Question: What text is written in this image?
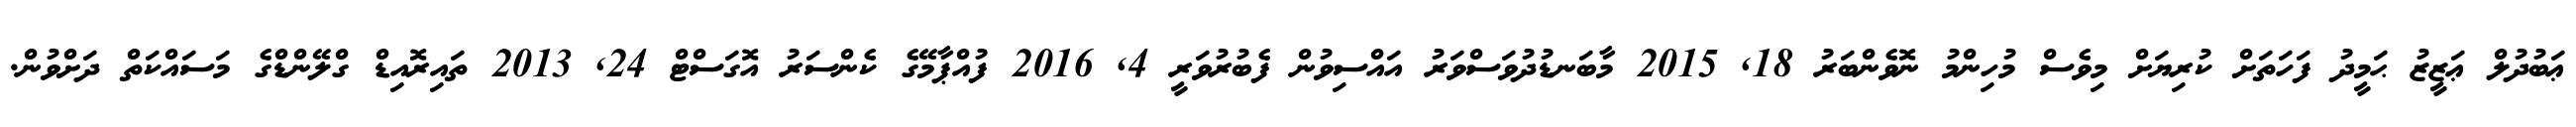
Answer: ޢަބުދުލް ޢަޒީޒު ޙަމީދު ފަހަތަށް ކުރިޔަށް މިވެސް މުހިންމު ނޮވެންބަރު 18, 2015 މާބަނޑުދުވަސްވަރު އައްސިވުން ފެބުރުވަރީ 4, 2016 ފުއްޕާމޭގެ ކެންސަރު އޮގަސްޓް 24, 2013 ތައިރޮއިޑް ގްލޭންޑްގެ މަސައްކަތް ދަށްވުން.